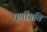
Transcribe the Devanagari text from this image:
घूर्णीगति